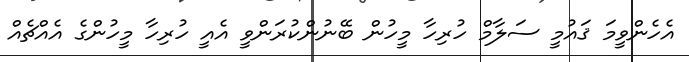
އެހެންވީމަ ޤައުމީ ސަލާމް ހުރިހާ މީހުން ބޭނުންކުރަންވީ އެއީ ހުރިހާ މީހުންގެ އެއްޗެއް